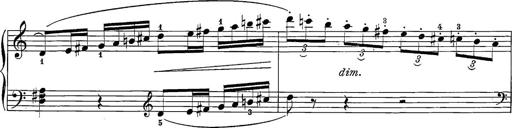
Title: 12 Sonatine per Pianoforte
Composer: Friedrich Kuhlau